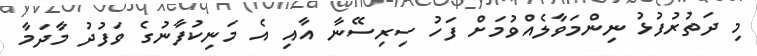
މި ދަތުރުފުޅު ނިންމަވާލެއްވުމަށް ފަހު ސިރިސޭނާ އާއި އެ މަނިކުފާނުގެ ވަފުދު މާދަމާ